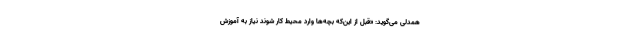
همدلی می‌گوید: «قبل از این‌که بچه‌ها وارد محیط کار شوند نیاز به آموزش